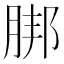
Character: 𦜅